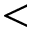
<